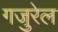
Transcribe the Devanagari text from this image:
गजुरेल